Indian journal of veterinary science and animal husbandry - Volume 12,
Year: 1942
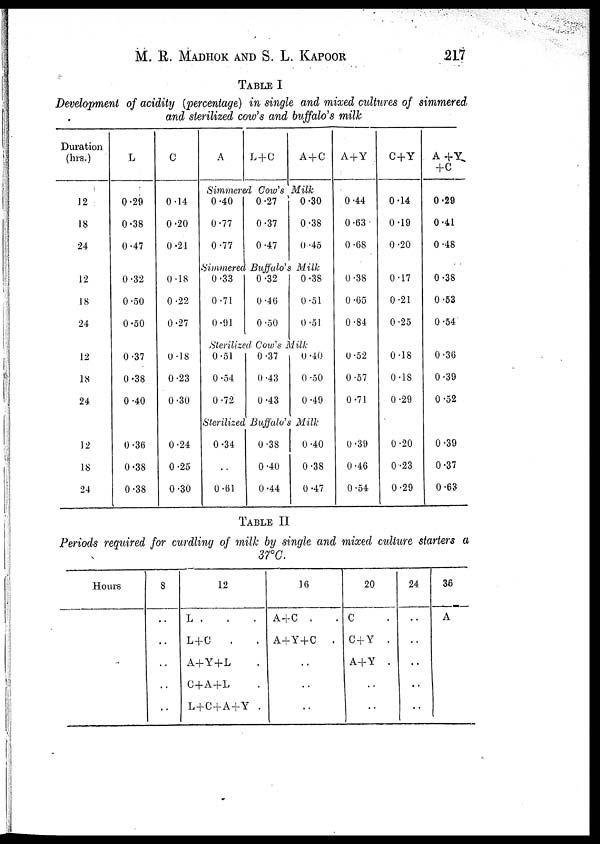
M. R. MADHOK AND S. L. KAPOOR 217
TABLE I
Development of acidity (percentage) in single and mixed cultures of simmered,
and sterilized cow's and buffalo's milk
Duration
(hrs.)
L
C
A
L + C
A + C
A+Y
C+Y
A+Y
+C
Simmered Cow's Milk
12
18
24
0.29
0.38
0.47
0.14
0.20
0.21
0.40
0.77
0.77
0.27
0.37
0.47
0.30
0.38
0.45
0.44
0.63
0.68
0.14
0.19
0.20
0.29
0.41
0.48
Simmered Buffalo's Milk
12
18
24
0.32
0.50
0.50
0.18
0.22
0.27
0.33
0.71
0.91
0.32
0.46
0.50
0.38
0.51
0.51
0.38
0.65
0.84
0.17
0.21
0.25
0.38
0.53
0.54
Sterilized Cow's Milk
12
18
24
0.37
0.38
0.40
0.18
0.23
0.30
0.51
0.54
0.72
0.37
0.43
0.43
0.40
0.50
0.49
0.52
0.57
0.71
0.18
0.18
0.29
0.36
0.39
0.52
Sterilized Buffalo's Milk
12
18
24
0.36
0.38
0.38
0.24
0.25
0.30
0.34
. .
0.61
0.38
0.40
0.44
0.40
0.38
0.47
0.39
0.46
0.54
0.20
0.23
0.29
0.39
0.37
0.63
TABLE II
Periods required for curdling of milk by single and mixed culture starters a
37°C.
Hours
8
. .
. .
. .
. .
. .
12
L . . .
L+C . .
A+Y+L .
C+A+L .
L+C+A+Y .
16
A+C .
A+Y+C
.
. .
. .
. .
20
C .
C+Y.
A+Y.
. .
. .
24
. .
. .
. .
. .
. .
36
A